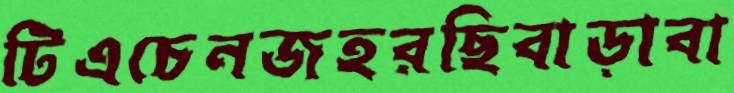
টিএচেনজহরছিবাড়াবা